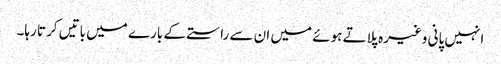
انہیں پانی وغیرہ پلاتے ہوئے میں ان سے راستے کے بارے میں باتیں کرتا رہا۔